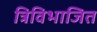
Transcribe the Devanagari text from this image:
त्रिविभाजित